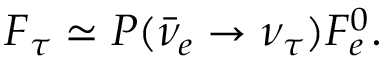
F _ { \tau } \simeq P ( \bar { \nu } _ { e } \rightarrow \nu _ { \tau } ) F _ { e } ^ { 0 } .